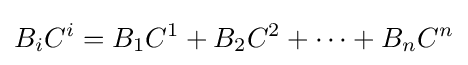
B_{i}C^{i}=B_{1}C^{1}+B_{2}C^{2}+\cdots +B_{n}C^{n}